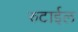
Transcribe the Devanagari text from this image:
रुटाईल